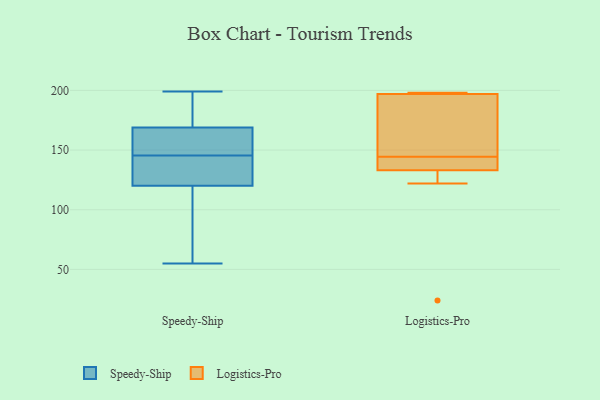
{"axis": {"x": "Revenue (USD Million)", "y": "Value"}, "legend": ["Logistics-Pro", "Speedy-Ship"], "data": [{"x": "", "y": 122, "type": "Speedy-Ship"}, {"x": "", "y": 134, "type": "Speedy-Ship"}, {"x": "", "y": 158, "type": "Speedy-Ship"}, {"x": "", "y": 155, "type": "Speedy-Ship"}, {"x": "", "y": 163, "type": "Speedy-Ship"}, {"x": "", "y": 164, "type": "Speedy-Ship"}, {"x": "", "y": 180, "type": "Speedy-Ship"}, {"x": "", "y": 158, "type": "Speedy-Ship"}, {"x": "", "y": 126, "type": "Speedy-Ship"}, {"x": "", "y": 176, "type": "Speedy-Ship"}, {"x": "", "y": 199, "type": "Speedy-Ship"}, {"x": "", "y": 59, "type": "Speedy-Ship"}, {"x": "", "y": 118, "type": "Speedy-Ship"}, {"x": "", "y": 131, "type": "Speedy-Ship"}, {"x": "", "y": 116, "type": "Speedy-Ship"}, {"x": "", "y": 136, "type": "Speedy-Ship"}, {"x": "", "y": 184, "type": "Speedy-Ship"}, {"x": "", "y": 55, "type": "Speedy-Ship"}, {"x": "", "y": 174, "type": "Speedy-Ship"}, {"x": "", "y": 69, "type": "Speedy-Ship"}, {"x": "", "y": 133, "type": "Logistics-Pro"}, {"x": "", "y": 122, "type": "Logistics-Pro"}, {"x": "", "y": 24, "type": "Logistics-Pro"}, {"x": "", "y": 149, "type": "Logistics-Pro"}, {"x": "", "y": 198, "type": "Logistics-Pro"}, {"x": "", "y": 140, "type": "Logistics-Pro"}, {"x": "", "y": 179, "type": "Logistics-Pro"}, {"x": "", "y": 198, "type": "Logistics-Pro"}, {"x": "", "y": 197, "type": "Logistics-Pro"}, {"x": "", "y": 136, "type": "Logistics-Pro"}]}